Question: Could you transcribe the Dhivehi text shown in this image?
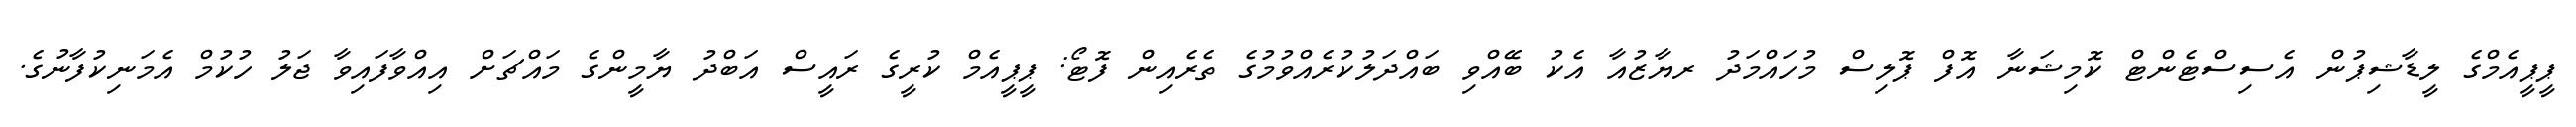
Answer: ޕީޕީއެމްގެ ލީޑާޝިޕުން އެސިސްޓެންޓް ކޮމިޝަނާ އޮފް ޕޮލިސް މުހައްމަދު ރޔާޒުއާ އެކު ބޭއްވި ބައްދަލުކުރެއްވުމުގެ ތެރެއިން ފޮޓޯ: ޕީޕީއެމް ކުރީގެ ރައީސް އަބްދު ޔާމީންގެ މައްޗަށް އިއްވާފައިވާ ޖަލު ހުކުމް އެމަނިކުފާނުގެ.